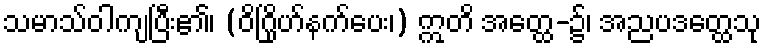
သမာသ်ဝါကျပြီး၏၊ (ဝိဂြိုဟ်နက်ပေး၊) ဣတိ အတ္ထေ-၌၊ အညပဒတ္ထေသု